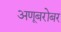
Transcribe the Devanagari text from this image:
अणूबरोबर